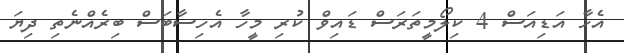
އެހާ އަޑިއަސް 4 ކިލޯމީތަރަސް ޑައިވް ކުރި މީހާ އެހިސާބަސް ބިރެއްނެތި ދިޔަ